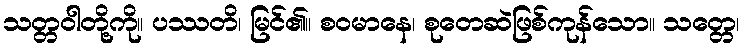
သတ္တဝါတို့ကို။ ပဿတိ၊ မြင်၏။ စဝမာနေ၊ စုတေဆဲဖြစ်ကုန်သော။ သတ္တေ၊